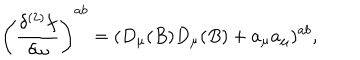
LaTeX: \left( \frac { \delta ^ { ( 2 ) } f } { \delta \omega } \right) ^ { a b } = ( D _ { \mu } ( B ) D _ { \mu } ( B ) + a _ { \mu } a _ { \mu } ) ^ { a b } ,